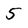
Character: 5